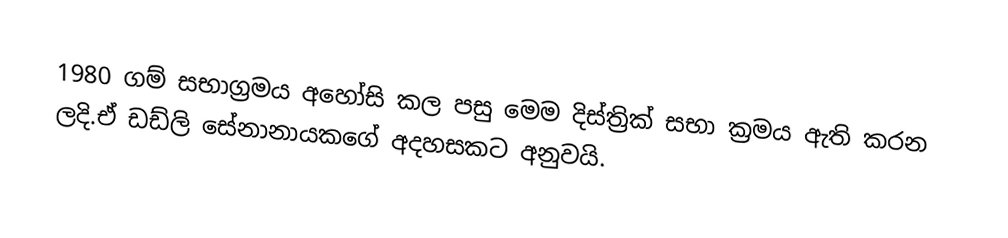
1980 ගම් සභාග්‍රමය අහෝසි කල පසු මෙම දිස්ත්‍රික් සභා ක්‍රමය ඇති කරන ලදි.ඒ ඩඩ්ලි සේනානායකගේ අදහසකට අනුවයි.